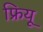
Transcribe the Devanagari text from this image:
फ्रियू